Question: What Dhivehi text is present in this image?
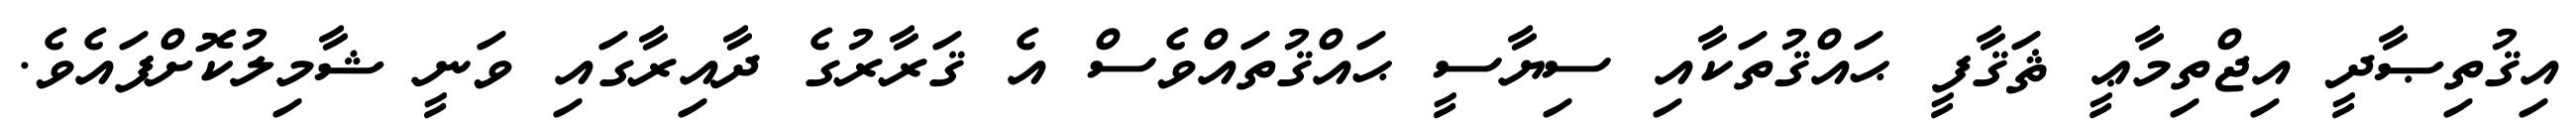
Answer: އިޤުތިޞާދީ އިޖްތިމާޢީ ޘަޤާފީ ޙައްޤުތަކާއި ސިޔާސީ ޙައްޤުތައްވެސް އެ ޤަރާރުގެ ދާއިރާގައި ވަނީ ޝާމިލުކޮށްފައެވެ.